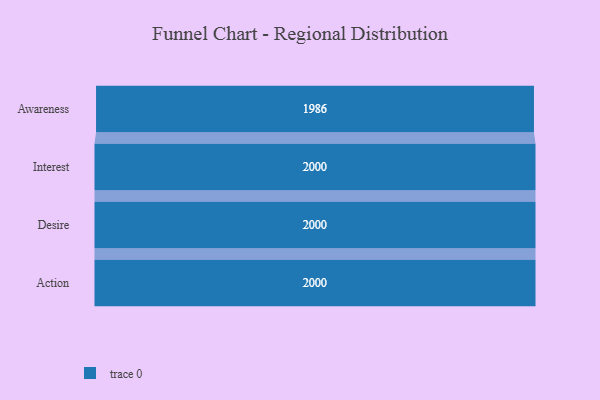
{"axis": {"x": "Stage", "y": "Value"}, "legend": [""], "data": [{"x": "Awareness", "y": 1986.0, "type": ""}, {"x": "Interest", "y": 2000, "type": ""}, {"x": "Desire", "y": 2000, "type": ""}, {"x": "Action", "y": 2000, "type": ""}]}